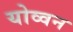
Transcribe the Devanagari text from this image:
योव्वन